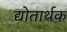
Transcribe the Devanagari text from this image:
द्योतार्थक